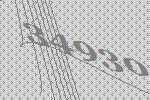
34930